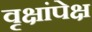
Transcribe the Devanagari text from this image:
वृक्षांपेक्ष